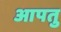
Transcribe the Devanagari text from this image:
आपतु